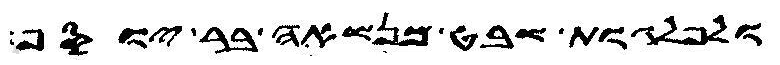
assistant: ולפלגות שבט מנשאה בר יוסף